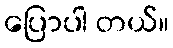
ပြောပါ တယ်။